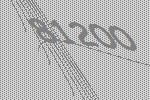
81200